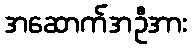
အဆောက်အဦအား